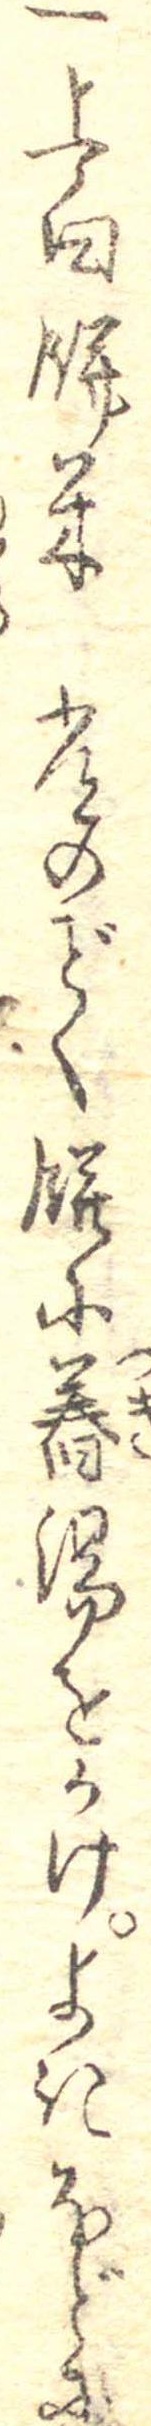
一上白餅米常のく餅に舂湯をかけよきほどに